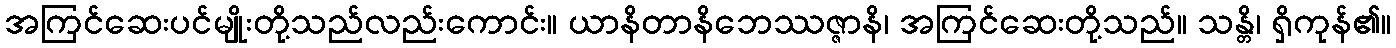
အကြင်ဆေးပင်မျိုးတို့သည်လည်းကောင်း။ ယာနိတာနိဘေဿဇ္ဇာနိ၊ အကြင်ဆေးတို့သည်။ သန္တိ၊ ရှိကုန်၏။